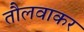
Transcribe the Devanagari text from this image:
तौलवाकर